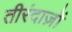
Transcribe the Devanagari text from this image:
तीरंदाज़ों